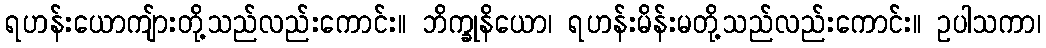
ရဟန်းယောကျ်ားတို့သည်လည်းကောင်း။ ဘိက္ခုနိယော၊ ရဟန်းမိန်းမတို့သည်လည်းကောင်း။ ဥပါသကာ၊